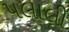
પલાલી